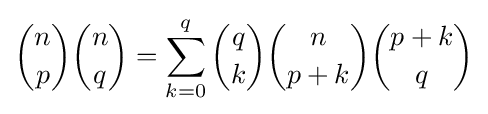
{n \choose p}{n \choose q}=\sum _{k=0}^{q}{q \choose k}{n \choose {p+k}}{{p+k} \choose q}